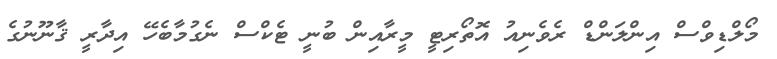
މޯލްޑިވްސް އިންލަންޑް ރެވެނިއު އޮތޯރިޓީ މީރާއިން ބުނީ ޓެކްސް ނެގުމާބެހޭ އިދާރީ ޤާނޫނުގެ